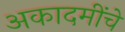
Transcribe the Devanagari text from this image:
अकादमींचे